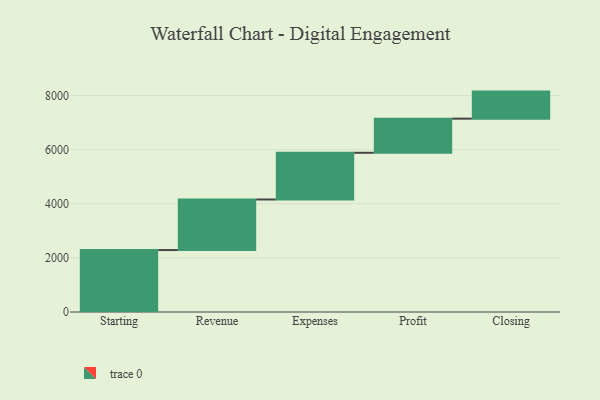
{"axis": {"x": "Step", "y": "Value"}, "legend": [""], "data": [{"x": "Starting", "y": 2290.0, "type": ""}, {"x": "Revenue", "y": 1870.0, "type": ""}, {"x": "Expenses", "y": 1727.0, "type": ""}, {"x": "Profit", "y": 1262.0, "type": ""}, {"x": "Closing", "y": 1000, "type": ""}]}